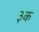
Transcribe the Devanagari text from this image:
३क